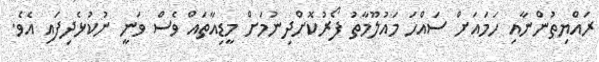
ރައްޔިތުންނާއި ހަމައަށް ސައްހަ މައުލޫމާތު ފޯރުކޮށްދިނުމަށް މީޑިއާތައް ވެސް ވަނީ ނުކުޅެދިފައި އެވެ.